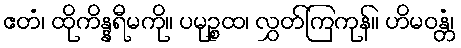
ဧတံ၊ ထိုကိန္နရီမကို။ ပမုဉ္စထ၊ လွှတ်ကြကုန်။ ဟိမဝန္တံ၊